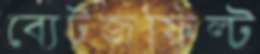
ব্যেটজফিল্ট